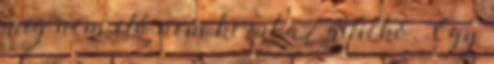
míg nem elő nem kerül az a fickó. Egy